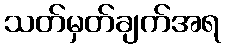
သတ်မှတ်ချက်အရ